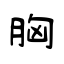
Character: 胸